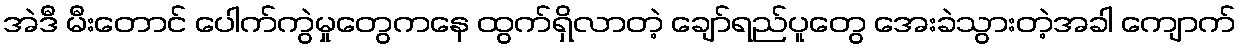
အဲဒီ မီးတောင် ပေါက်ကွဲမှုတွေကနေ ထွက်ရှိလာတဲ့ ချော်ရည်ပူတွေ အေးခဲသွားတဲ့အခါ ကျောက်